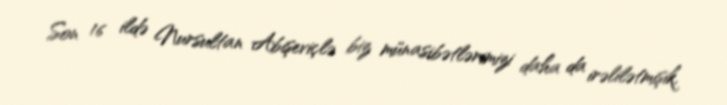
Son 16 ildə Nursultan Abişeviçlə biz münasibətlərimizi daha da irəlilətmişik,